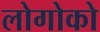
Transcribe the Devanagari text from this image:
लोगोको